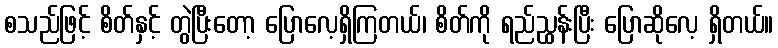
စသည်ဖြင့် စိတ်နှင့် တွဲပြီးတော့ ပြောလေ့ရှိကြတယ်၊ စိတ်ကို ရည်ညွှန်းပြီး ပြောဆိုလေ့ ရှိတယ်။